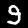
Label: 9